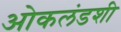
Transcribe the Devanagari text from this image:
ओकलंडशी